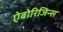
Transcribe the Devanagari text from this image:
ऐबोरिजिन्स